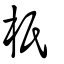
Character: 𣏚